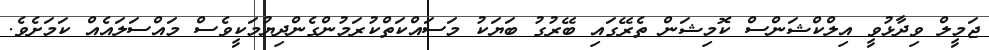
ޖަމީލް ވިދާޅުވީ އިލްކްޝަންސް ކޮމިޝަން ތެރޭގައި ބޭރުގު ބަޔަކު މަސައްކަތްކުރަމުންގެންދިޔުމަކީވެސް މައްސަލައެއް ކަމަށެވެ.